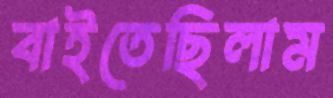
বাইতেছিলাম